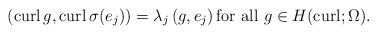
\begin{align*}\left({\rm curl}\, g,{\rm curl}\, \sigma(e_j)\right)=\lambda_j\left(g, e_j\right)\mbox{for all} \ g\in H({\rm curl};\Omega).\end{align*}